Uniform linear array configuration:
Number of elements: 24
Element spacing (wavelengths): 1
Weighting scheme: cosine
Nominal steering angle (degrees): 30
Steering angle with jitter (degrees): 31.033
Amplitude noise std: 0.05
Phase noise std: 0.05

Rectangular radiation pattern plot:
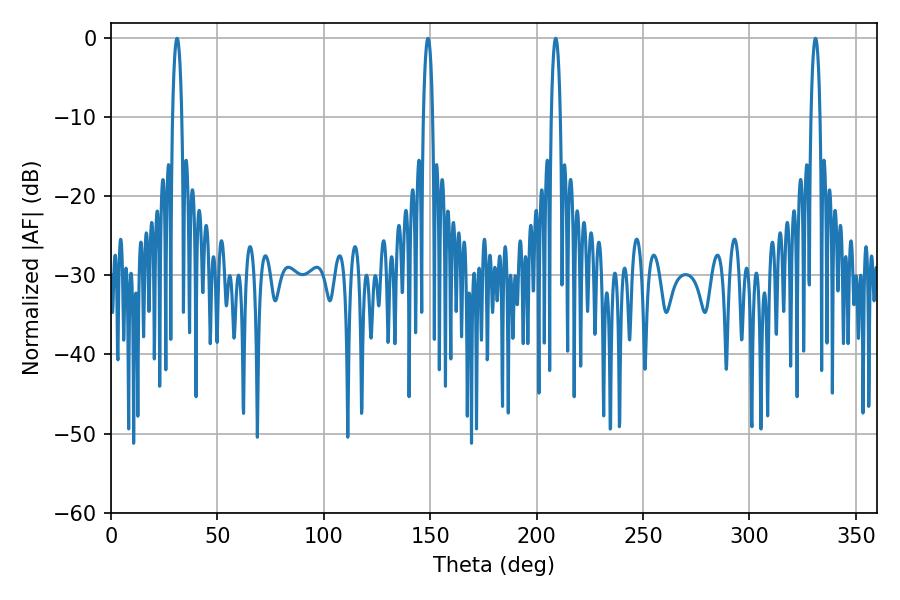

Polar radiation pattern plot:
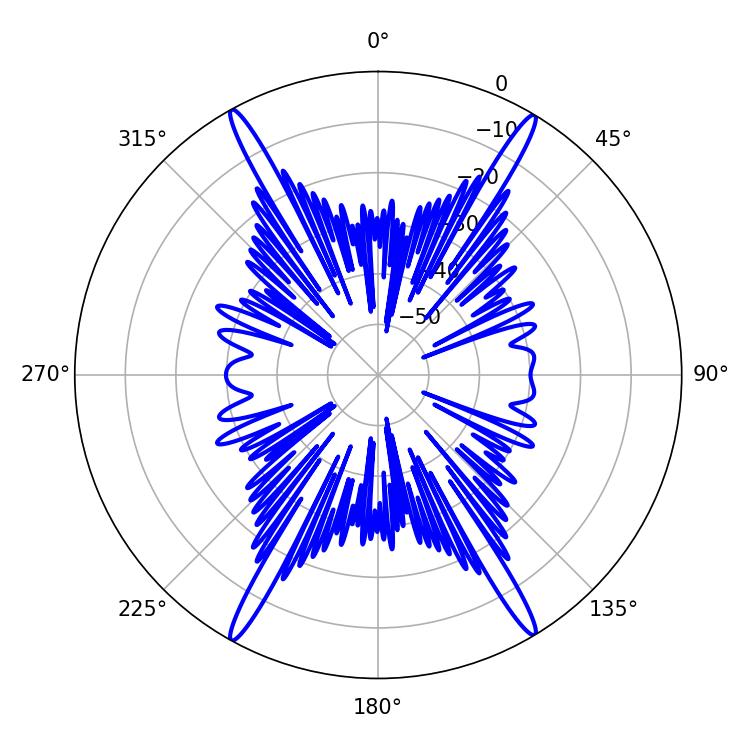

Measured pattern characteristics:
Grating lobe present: TRUE
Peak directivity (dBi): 26.952
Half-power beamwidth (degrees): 2.34
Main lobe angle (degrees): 208.98